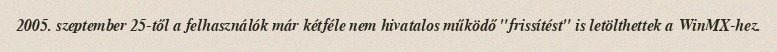
2005. szeptember 25-től a felhasználók már kétféle nem hivatalos működő "frissítést" is letölthettek a WinMX-hez.